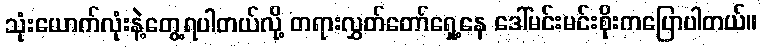
သုံးယောက်လုံးနဲ့တွေ့ရပါတယ်လို့ တရားလွှတ်တော်ရှေ့နေ ဒေါ်မင်းမင်းစိုးကပြောပါတယ်။